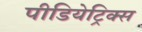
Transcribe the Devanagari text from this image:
पीडियेट्रिक्स